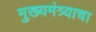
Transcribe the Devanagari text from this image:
मुख्यमंत्र्याचा